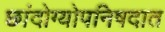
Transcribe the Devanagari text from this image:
छांदोग्योपनिषदात